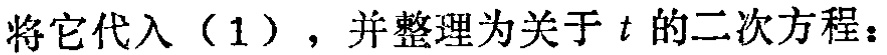
将它代入（1），并整理为关于\(t\)的二次方程：